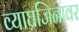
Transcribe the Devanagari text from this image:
व्याघ्रजिनावर